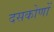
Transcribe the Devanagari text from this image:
दसकोणों